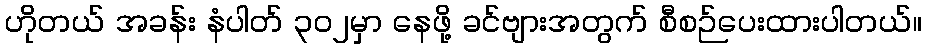
ဟိုတယ် အခန်း နံပါတ် ၃၀၂မှာ နေဖို့ ခင်ဗျားအတွက် စီစဉ်ပေးထားပါတယ်။